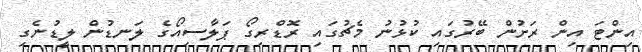
އިންޓަ އިން ރަށުން ބޭރުގައި ކުޅުނު މެޗުގައި ރޮޑްރިގޯ ޕަލާސިއޯގެ ލަނޑުން ލީޑުނެގި